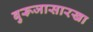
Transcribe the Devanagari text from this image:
बुरूजासारखा